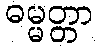
ဓမ္မတ္တာ